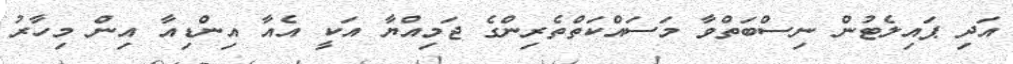
އަދި ޕައިލެޓުން ނިސްބަތްވާ މަސައްކަތްތެރިންގެ ޖަމިއްޔާ އަކީ އެއާ އިންޑިއާ އިން މިހާރު